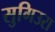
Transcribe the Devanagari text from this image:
सुगिउरा